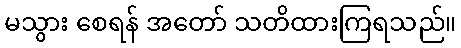
မသွား စေရန် အတော် သတိထားကြရသည်။